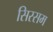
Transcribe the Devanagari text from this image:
सिरसम